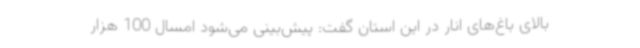
بالای باغ‌های انار در این استان گفت: پیش‌بینی می‌شود امسال 100 هزار